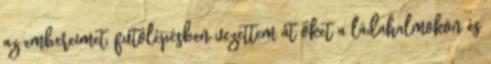
az embereimet, futólépésben vezettem át őket a ládahalmokon és